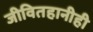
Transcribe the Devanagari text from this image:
जीवितहानीही